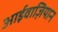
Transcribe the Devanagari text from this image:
आईवाज़ियान